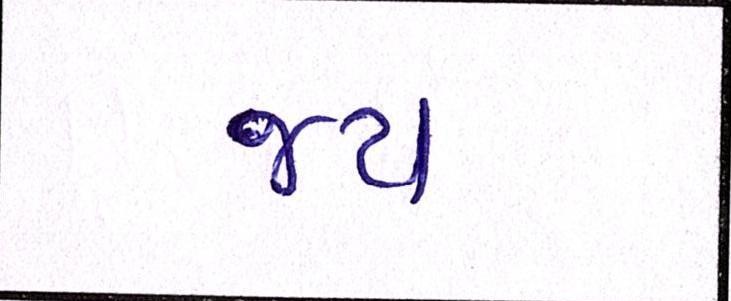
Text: જય